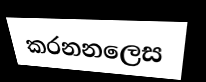
කරනනලෙස